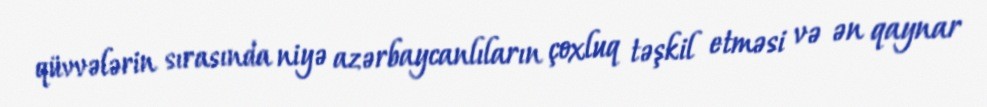
qüvvələrin sırasında niyə azərbaycanlıların çoxluq təşkil etməsi və ən qaynar